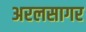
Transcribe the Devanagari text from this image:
अरलसागर